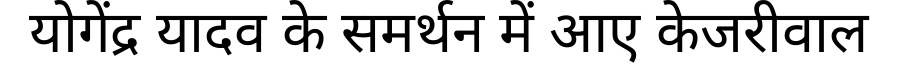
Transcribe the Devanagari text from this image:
योगेंद्र यादव के समर्थन में आए केजरीवाल